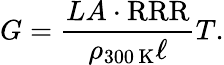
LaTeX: G=\frac{LA\cdot\mathrm{RRR}}{\rho_{300\, \mathrm{K}}\ell}T.